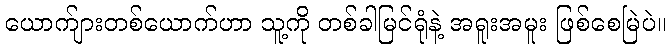
ယောက်ျားတစ်ယောက်ဟာ သူ့ကို တစ်ခါမြင်ရုံနဲ့ အရူးအမူး ဖြစ်စေမြဲပဲ။